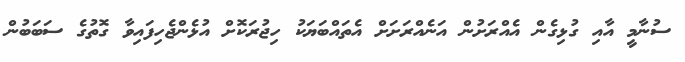
ސުނާމީ އާއި ގުޅިގެން އެއްރަށުން އަނެއްރަށަށް އެތައްބަޔަކު ހިޖުރަކޮށް އުޅެންޖެހިފައިވާ ގޮތުގެ ސަބަބުން